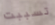
تسببت